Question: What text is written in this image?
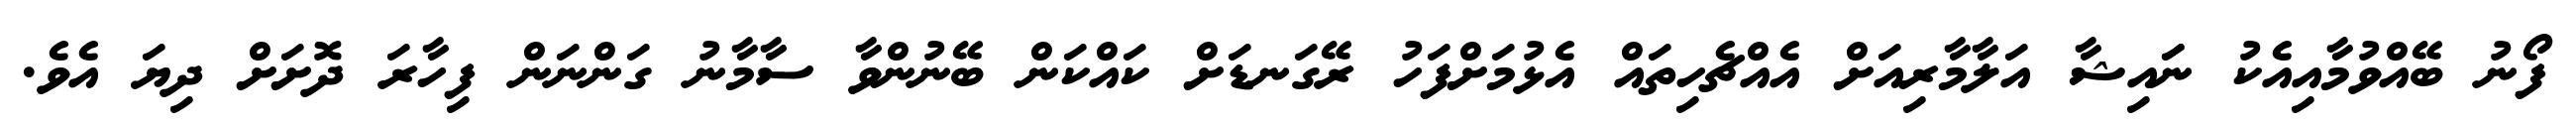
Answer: ފޯނު ބޭއްވުމާއިއެކު ނަައިޝާ އަލާމާރިއަށް އެއްޗެހިތައް އެޅުމަށްފަހު ރޭގަނޑަށް ކައްކަން ބޭނުންވާ ސާމާނު ގަންނަން ފިހާރަ ދޮށަށް ދިޔަ އެވެ.